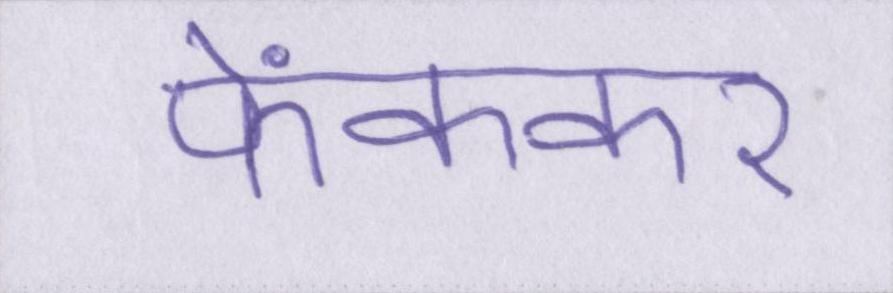
फेंककर